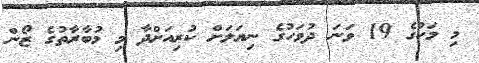
މި މަހުގެ 19 ވަނަ ދުވަހުގެ ނިޔަލަށް ކުރިއަށްދާ މި މުބާރާތުގެ ޒޯން